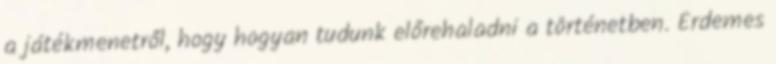
a játékmenetről, hogy hogyan tudunk előrehaladni a történetben. Érdemes